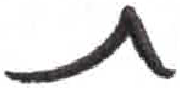
אות: ת